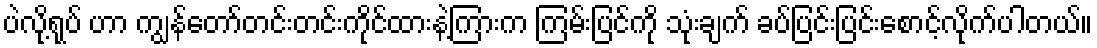
ပဲလို့ရုပ် ဟာ ကျွန်တော်တင်းတင်းကိုင်ထားနဲ့ကြားက ကြမ်းပြင်ကို သုံးချက် ခပ်ပြင်းပြင်းစောင့်လိုက်ပါတယ်။